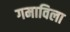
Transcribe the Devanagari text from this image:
गमाविला